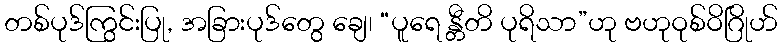
တစ်ပုဒ်ကြွင်းပြု, အခြားပုဒ်တွေ ချေ၊ “ပူရေ န္တီတိ ပုရိသာ”ဟု ဗဟုဝုစ်ဝိဂြိုဟ်